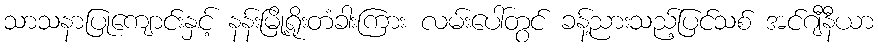
သာသနာပြုကျောင်းနှင့် နန်းမြို့ရိုးတံခါးကြား လမ်းပေါ်တွင် ခန့်ညားသည့်ပြင်သစ် အင်ဂျီနီယာ